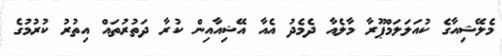
މެލޭޝިއާގެ ކުއަލަލަމްޕޫރާ މާލެއާ ދެމެދު އެއާ އޭޝިއާއިން ކުރާ ދަތުރުތައް އިތުރު ކުރުމުގެ